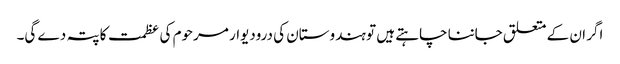
اگر ان کے متعلق جاننا چاہتے ہیں تو ہندوستان کی درودیوار مرحوم کی عظمت کا پتہ دے گی۔